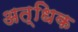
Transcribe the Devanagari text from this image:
अत्धिक